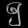
Digit: ၅